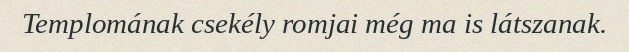
Templomának csekély romjai még ma is látszanak.